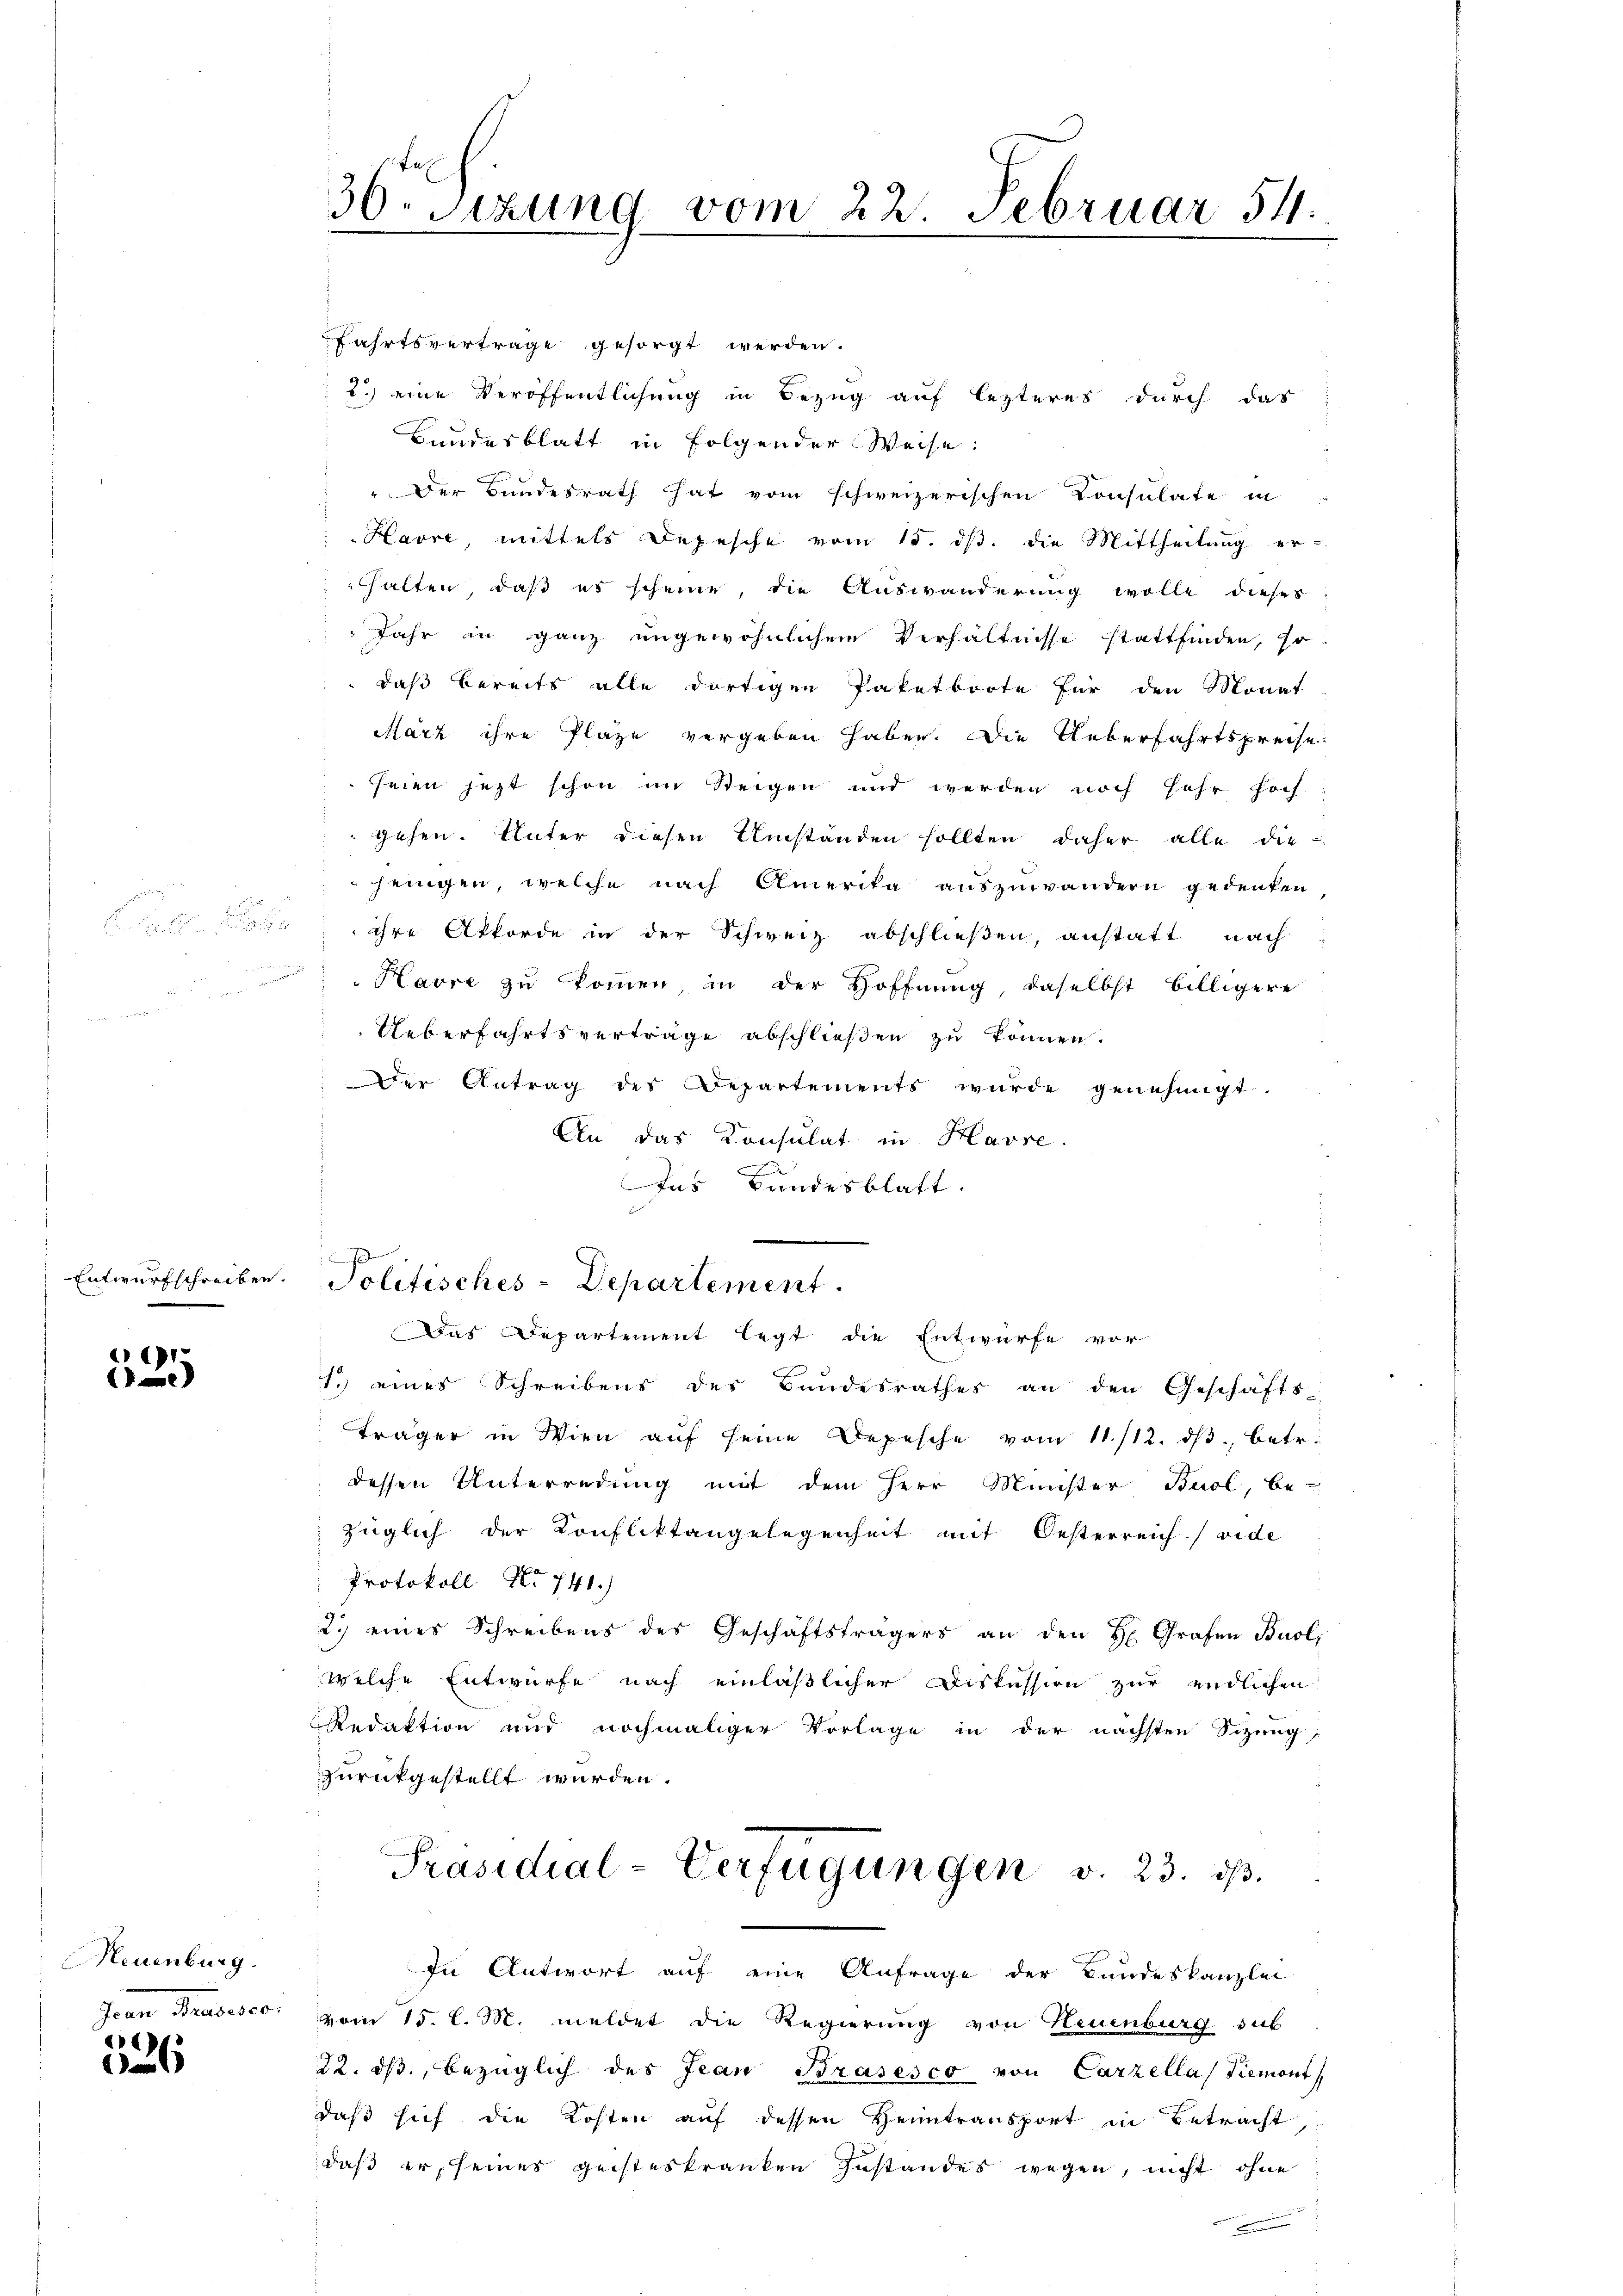
Entwurfschreiben

1
e

Neuenburg.

:
s
e

Fahrtsvertrage gesorgt werden.
2.) eine Veröffentlichung in Bezug auf lezteres durch das
Bundesblatt in folgender Weise:
" Der Bundesrath hat vom schweizerischen Consulate in
Havre, mittels Depesche vom 15. dβ. die Mittheilung er
halten, daß es scheine, die Auswanderung wolle dieses
Jahr in ganz ungewöhnlichen Verhältnisse stattfinden, so
daß bereits alle dortigen Paketboote für den Monat
März ihre Plaze vergeben haben. Die Ueberfahrtspreise
seien jezt schon im Steigen und werden noch sehr hoch
gehen. Unter diesen Umstanden sollten daher alle die
jenigen, welche nach Amerika auszuwändern gedenken
abe, ihre Akkorde in der Schweiz abschließen, anstatt nach
Havre zu kommen, in der Hoffnung, daselbst billigere
Ueberfahrtsvertrage abschließen zu können.
Der Antrag des Departements wurde genehmigt.
An das Konsulat in Havre
Ins Bundesblatt.
Das Departement legt die Entwurfe vor
1. eines Schreibens des Bundesrathes an den Geschäfts-
träger in Wien aŭf seine Depesche vom 11./12. dβ betr.
dessen Unterredung mit dem Herr Minister Buol, be-
züglich der Konfliktangelegenheit mit Oesterreich (vide
Protokoll No 741.)
2.) eines Schreibens des Geschäftsträgers an den H. Grafen Buol,
welche Entwurfe nach einläßlicher Diskussion zur endlichen
RRedaktion und nochmaliger Vorlage in der nächsten Sitzung,
zurückgestellt wurden.
Präsidial-Verfügungen v. 23. ds.
In Antwort auf eine Anfrage der Bandeskanzlei
Jean Präsesco vom 15. l. M. meldet die Regierung von Neuenburg sub
22. dβ, bezüglich des Jean Brasesco von Carzella Piemont
daß sich die Kosten auf dessen Heimtransport in Betracht
daß er, seines geisteskranken Zustandes wegen, nicht ohne
e

30. Sizung vom 22. Februar 54.

.
Politisches-Departement